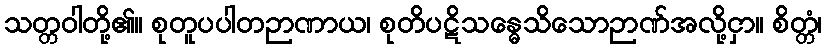
သတ္တဝါတို့၏။ စုတူပပါတဉာဏာယ၊ စုတိပဋိသန္ဓေသိသောဉာဏ်အလို့ငှာ။ စိတ္တံ၊